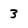
Character: 3